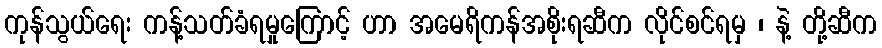
ကုန်သွယ်ရေး ကန့်သတ်ခံရမှုကြောင့် ဟာ အမေရိကန်အစိုးရဆီက လိုင်စင်ရမှ ၊ နဲ့ တို့ဆီက